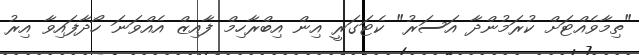
"ތިމާވެއްޓަށް ކުރަމުންދާ އަސަރު" ކެޓަގަރީ އިން އިބްރާހިމް ފާއިޒް އެއްވަނަ ހޯދާފައިވާ އިރު